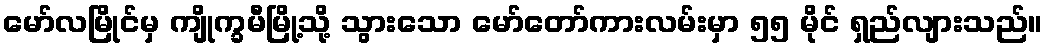
မော်လမြိုင်မှ ကျိုက္ခမီမြို့သို့ သွားသော မော်တော်ကားလမ်းမှာ ၅၅ မိုင် ရှည်လျားသည်။